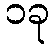
၁ခု